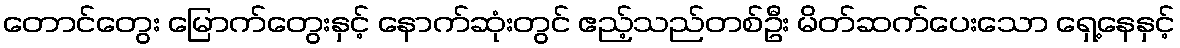
တောင်တွေး မြောက်တွေးနှင့် နောက်ဆုံးတွင် ဧည့်သည်တစ်ဦး မိတ်ဆက်ပေးသော ရှေ့နေနှင့်